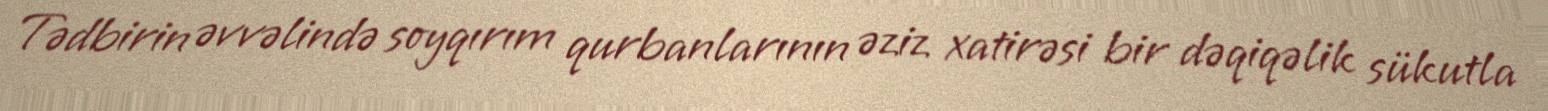
Tədbirin əvvəlində soyqırım qurbanlarının əziz xatirəsi bir dəqiqəlik sükutla